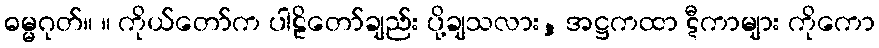
ဓမ္မဂုတ်။ ။ ကိုယ်တော်က ပါဠိတော်ချည်း ပို့ချသလား, အဋ္ဌကထာ ဋီကာများ ကိုကော